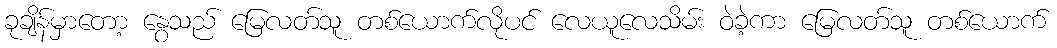
ခုချိန်မှာတော့ နွေသည် မြေလတ်သူ တစ်ယောက်လိုပင် လေယူလေသိမ်း ဝဲခဲ့ကာ မြေလတ်သူ တစ်ယောက်